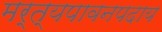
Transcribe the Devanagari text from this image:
मर्त्यपावनपदाय